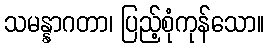
သမန္နာဂတာ၊ ပြည့်စုံကုန်သော။